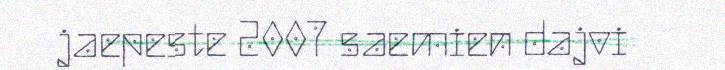
jaepeste 2007 saemien dajvi